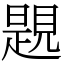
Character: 𧡨